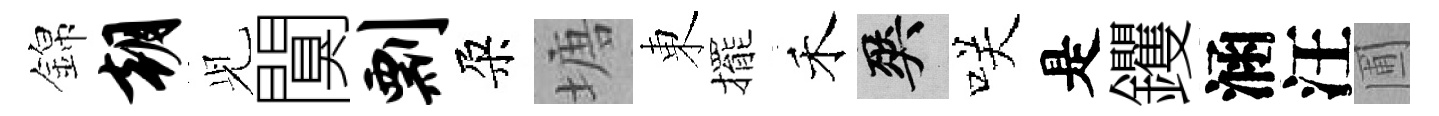
錦朝𫤗闃剽朶塘東擺禾爽咲是钁涵汪圃